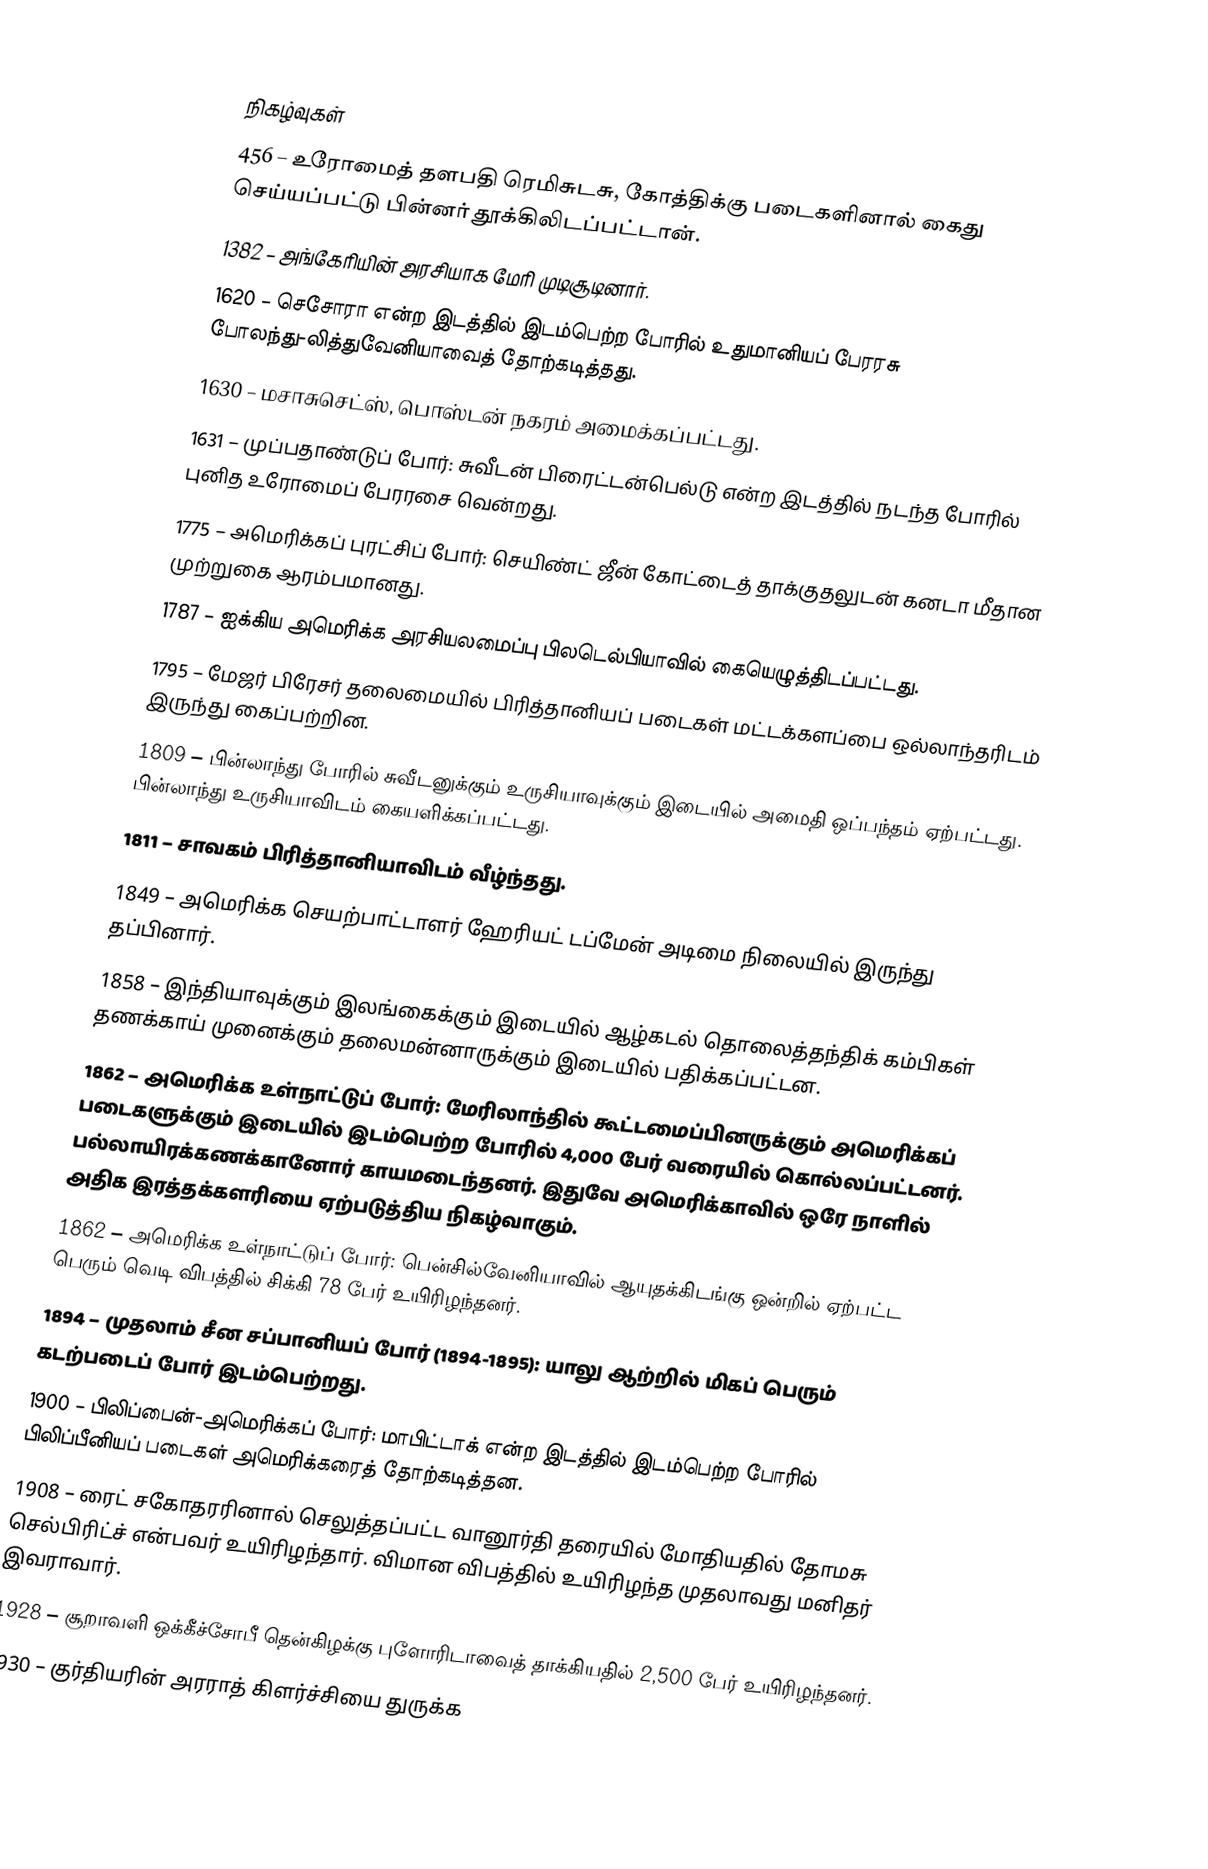

நிகழ்வுகள்
 456 – உரோமைத் தளபதி ரெமிசுடசு, கோத்திக்கு படைகளினால் கைது செய்யப்பட்டு பின்னர் தூக்கிலிடப்பட்டான்.
1382 – அங்கேரியின் அரசியாக மேரி முடிசூடினார்.
1620 – செசோரா என்ற இடத்தில் இடம்பெற்ற போரில் உதுமானியப் பேரரசு போலந்து-லித்துவேனியாவைத் தோற்கடித்தது.
1630 – மசாசுசெட்ஸ், பொஸ்டன் நகரம் அமைக்கப்பட்டது.
1631 – முப்பதாண்டுப் போர்: சுவீடன் பிரைட்டன்பெல்டு என்ற இடத்தில் நடந்த போரில் புனித உரோமைப் பேரரசை வென்றது.
1775 – அமெரிக்கப் புரட்சிப் போர்: செயிண்ட் ஜீன் கோட்டைத் தாக்குதலுடன் கனடா மீதான முற்றுகை ஆரம்பமானது.
1787 – ஐக்கிய அமெரிக்க அரசியலமைப்பு பிலடெல்பியாவில் கையெழுத்திடப்பட்டது.
1795 – மேஜர் பிரேசர் தலைமையில் பிரித்தானியப் படைகள் மட்டக்களப்பை ஒல்லாந்தரிடம் இருந்து கைப்பற்றின.
1809 – பின்லாந்து போரில் சுவீடனுக்கும் உருசியாவுக்கும் இடையில் அமைதி ஒப்பந்தம் ஏற்பட்டது. பின்லாந்து உருசியாவிடம் கையளிக்கப்பட்டது.
1811 – சாவகம் பிரித்தானியாவிடம் வீழ்ந்தது.
1849 – அமெரிக்க செயற்பாட்டாளர் ஹேரியட் டப்மேன் அடிமை நிலையில் இருந்து தப்பினார்.
1858 – இந்தியாவுக்கும் இலங்கைக்கும் இடையில் ஆழ்கடல் தொலைத்தந்திக் கம்பிகள் தணக்காய் முனைக்கும் தலைமன்னாருக்கும் இடையில் பதிக்கப்பட்டன.
1862 – அமெரிக்க உள்நாட்டுப் போர்: மேரிலாந்தில் கூட்டமைப்பினருக்கும் அமெரிக்கப் படைகளுக்கும் இடையில் இடம்பெற்ற போரில் 4,000 பேர் வரையில் கொல்லப்பட்டனர். பல்லாயிரக்கணக்கானோர் காயமடைந்தனர்.  இதுவே அமெரிக்காவில் ஒரே நாளில் அதிக இரத்தக்களரியை ஏற்படுத்திய நிகழ்வாகும்.
1862 – அமெரிக்க உள்நாட்டுப் போர்: பென்சில்வேனியாவில் ஆயுதக்கிடங்கு ஒன்றில் ஏற்பட்ட பெரும் வெடி விபத்தில் சிக்கி 78 பேர் உயிரிழந்தனர்.
1894 – முதலாம் சீன சப்பானியப் போர் (1894-1895): யாலு ஆற்றில் மிகப் பெரும் கடற்படைப் போர் இடம்பெற்றது.
1900 – பிலிப்பைன்-அமெரிக்கப் போர்: மாபிட்டாக் என்ற இடத்தில் இடம்பெற்ற போரில் பிலிப்பீனியப் படைகள் அமெரிக்கரைத் தோற்கடித்தன.
1908 – ரைட் சகோதரரினால் செலுத்தப்பட்ட வானூர்தி தரையில் மோதியதில் தோமசு செல்பிரிட்ச் என்பவர் உயிரிழந்தார். விமான விபத்தில் உயிரிழந்த முதலாவது மனிதர் இவராவார்.
1928 – சூறாவளி ஒக்கீச்சோபீ தென்கிழக்கு புளோரிடாவைத் தாக்கியதில் 2,500 பேர் உயிரிழந்தனர்.
1930 – குர்தியரின் அரராத் கிளர்ச்சியை துருக்க